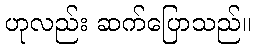
ဟုလည်း ဆက်ပြောသည်။